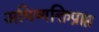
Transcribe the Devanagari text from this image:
अभिव्यक्तिप्राप्त